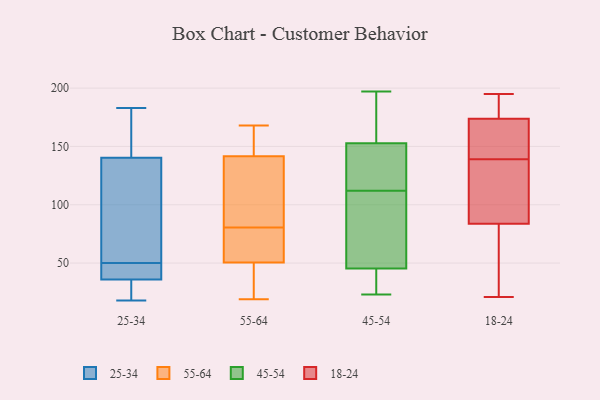
{"axis": {"x": "Energy Usage (MWh)", "y": "Value"}, "legend": ["18-24", "25-34", "45-54", "55-64"], "data": [{"x": "", "y": 39, "type": "25-34"}, {"x": "", "y": 44, "type": "25-34"}, {"x": "", "y": 132, "type": "25-34"}, {"x": "", "y": 143, "type": "25-34"}, {"x": "", "y": 18, "type": "25-34"}, {"x": "", "y": 169, "type": "25-34"}, {"x": "", "y": 112, "type": "25-34"}, {"x": "", "y": 50, "type": "25-34"}, {"x": "", "y": 183, "type": "25-34"}, {"x": "", "y": 28, "type": "25-34"}, {"x": "", "y": 35, "type": "25-34"}, {"x": "", "y": 46, "type": "55-64"}, {"x": "", "y": 33, "type": "55-64"}, {"x": "", "y": 127, "type": "55-64"}, {"x": "", "y": 19, "type": "55-64"}, {"x": "", "y": 80, "type": "55-64"}, {"x": "", "y": 55, "type": "55-64"}, {"x": "", "y": 80, "type": "55-64"}, {"x": "", "y": 81, "type": "55-64"}, {"x": "", "y": 149, "type": "55-64"}, {"x": "", "y": 152, "type": "55-64"}, {"x": "", "y": 134, "type": "55-64"}, {"x": "", "y": 168, "type": "55-64"}, {"x": "", "y": 70, "type": "45-54"}, {"x": "", "y": 47, "type": "45-54"}, {"x": "", "y": 23, "type": "45-54"}, {"x": "", "y": 32, "type": "45-54"}, {"x": "", "y": 174, "type": "45-54"}, {"x": "", "y": 79, "type": "45-54"}, {"x": "", "y": 145, "type": "45-54"}, {"x": "", "y": 151, "type": "45-54"}, {"x": "", "y": 197, "type": "45-54"}, {"x": "", "y": 40, "type": "45-54"}, {"x": "", "y": 158, "type": "45-54"}, {"x": "", "y": 112, "type": "45-54"}, {"x": "", "y": 136, "type": "45-54"}, {"x": "", "y": 173, "type": "18-24"}, {"x": "", "y": 21, "type": "18-24"}, {"x": "", "y": 56, "type": "18-24"}, {"x": "", "y": 160, "type": "18-24"}, {"x": "", "y": 40, "type": "18-24"}, {"x": "", "y": 93, "type": "18-24"}, {"x": "", "y": 107, "type": "18-24"}, {"x": "", "y": 194, "type": "18-24"}, {"x": "", "y": 116, "type": "18-24"}, {"x": "", "y": 139, "type": "18-24"}, {"x": "", "y": 161, "type": "18-24"}, {"x": "", "y": 195, "type": "18-24"}, {"x": "", "y": 176, "type": "18-24"}]}